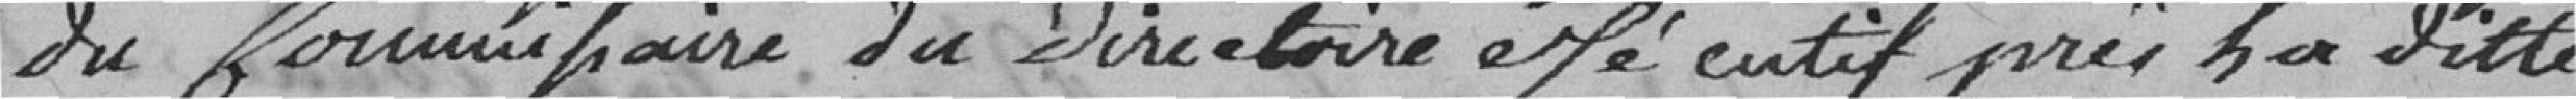
du Commissaire du directoire éxécutif près la ditte